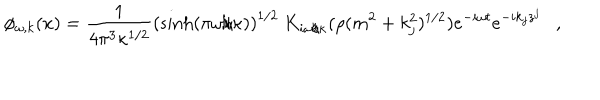
LaTeX: \phi _ { \omega , k } ( x ) = { \frac { 1 } { 4 \pi ^ { 3 } \kappa ^ { 1 / 2 } } } \left( \sinh ( \pi \omega / \kappa ) \right) ^ { 1 / 2 } ~ K _ { i \omega / \kappa } ( \rho ( m ^ { 2 } + k _ { j } ^ { 2 } ) ^ { 1 / 2 } ) e ^ { - i \omega t } e ^ { - i k _ { j } z ^ { j } } ,